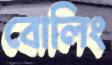
বোলিং